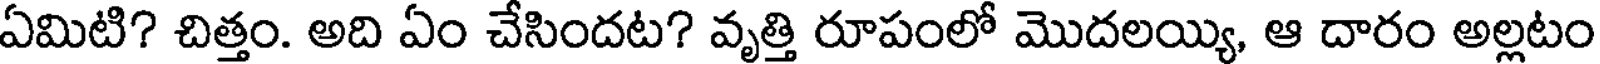
ఏమిటి? చిత్తం. అది ఏం చేసిందట? వృత్తి రూపంలో మొదలయ్యి, ఆ దారం అల్లటం